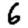
Digit: 6